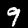
Digit: 9